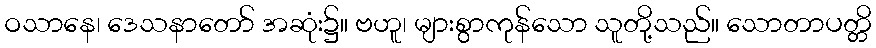
ဝသာနေ၊ ဒေသနာတော် အဆုံး၌။ ဗဟူ၊ များစွာကုန်သော သူတို့သည်။ သောတာပတ္တိ